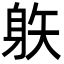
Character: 䠶